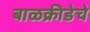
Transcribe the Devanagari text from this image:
बाळक्रीडेचे